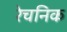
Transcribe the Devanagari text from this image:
रेचनिक